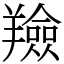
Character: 羷